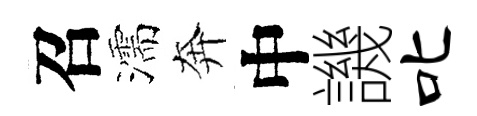
召濡奔中譏叱